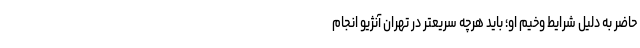
حاضر به دلیل شرایط وخیم او؛ باید هرچه سریعتر در تهران آنژیو انجام